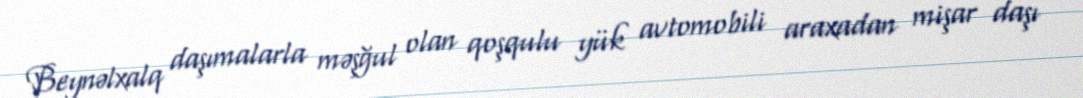
Beynəlxalq daşımalarla məşğul olan qoşqulu yük avtomobili araxadan mişar daşı